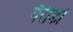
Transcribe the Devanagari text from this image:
गैरीडो